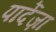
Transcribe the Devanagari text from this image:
पार्देज़ा